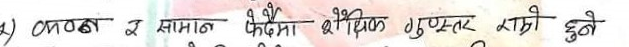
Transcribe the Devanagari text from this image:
काठका सामान पैढमा शैक्षिक पुप्रन्तर राम्रो हुने